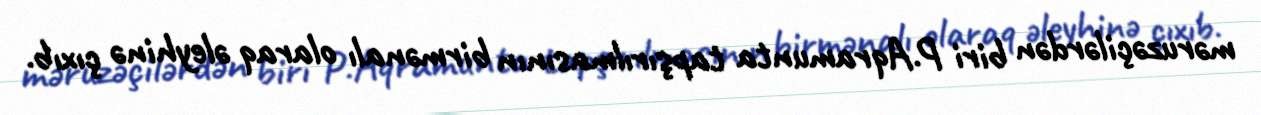
məruzəçilərdən biri P.Aqramunta tapşırılmasının birmənalı olaraq əleyhinə çıxıb.